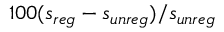
1 0 0 ( s _ { r e g } - s _ { u n r e g } ) / s _ { u n r e g }